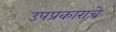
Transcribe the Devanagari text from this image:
उपप्रकाराचे